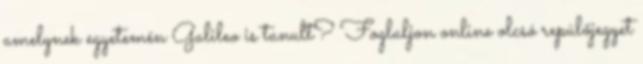
amelynek egyetemén Galileo is tanult? Foglaljon online olcsó repülőjegyet